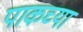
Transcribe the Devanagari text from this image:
पाकच्या